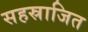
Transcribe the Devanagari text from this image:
सहस्राजित